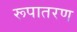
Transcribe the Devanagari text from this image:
रूपातरण